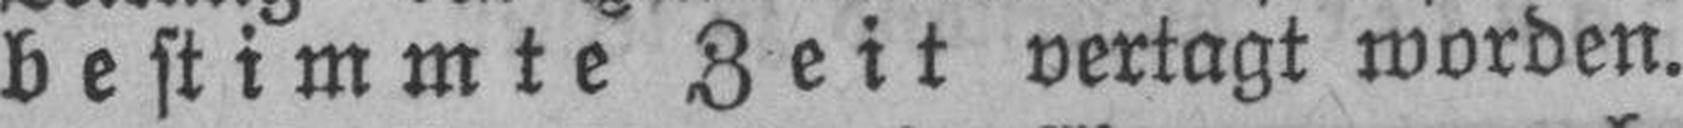
bestimmte Zeit vertagt worden.